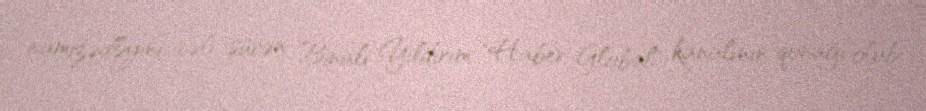
namizədliyini irəli sürən Binali Yıldırım "Haber Global" kanalının qonağı olub.